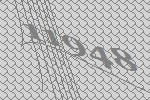
11948